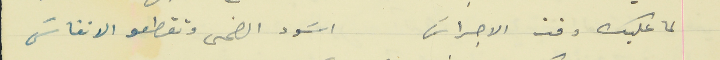
لما عليك دقت الاجراسَ                                        اسَود الضحى وتقطعو الانفاسَ